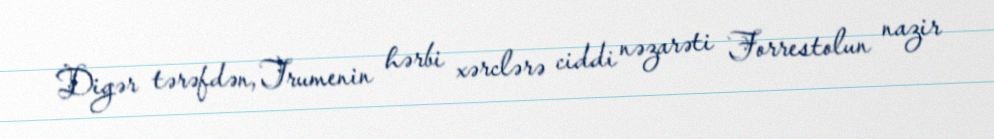
Digər tərəfdən, Trumenin hərbi xərclərə ciddi nəzarəti Forrestolun nazir